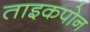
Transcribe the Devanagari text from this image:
ताइकपोन